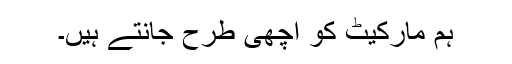
ہم مارکیٹ کو اچھی طرح جانتے ہیں۔